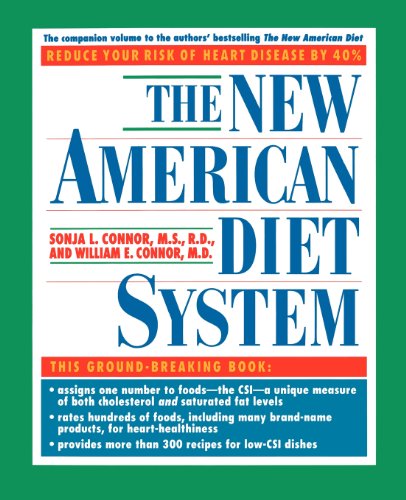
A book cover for The New American Diet System; Sonja L. Conner; Cookbooks, Food & Wine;